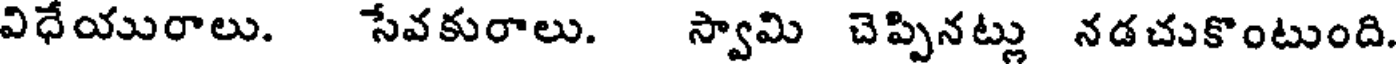
విధేయురాలు. సేవకురాలు. స్వామి చెప్పినట్లు నడచుకొంటుంది.